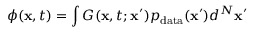
\phi ( \mathbf { x } , t ) = \int G ( \mathbf { x } , t ; \mathbf { x } ^ { \prime } ) p _ { \mathrm { d a t a } } ( \mathbf { x } ^ { \prime } ) d ^ { N } \mathbf { x } ^ { \prime }